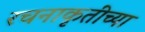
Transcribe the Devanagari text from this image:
रचनाकृतींच्या